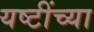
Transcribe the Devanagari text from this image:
यष्टींच्या